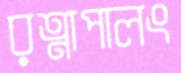
রত্নাপালং